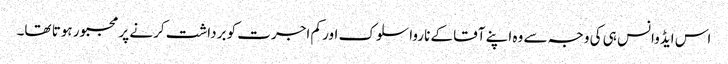
اس ایڈوانس ہی کی وجہ سے وہ اپنے آقا کے ناروا سلوک اور کم اجرت کو برداشت کرنے پر مجبور ہوتا تھا۔